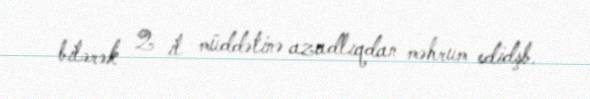
bilərək 2 il müddətinə azadlıqdan məhrum edidşb.